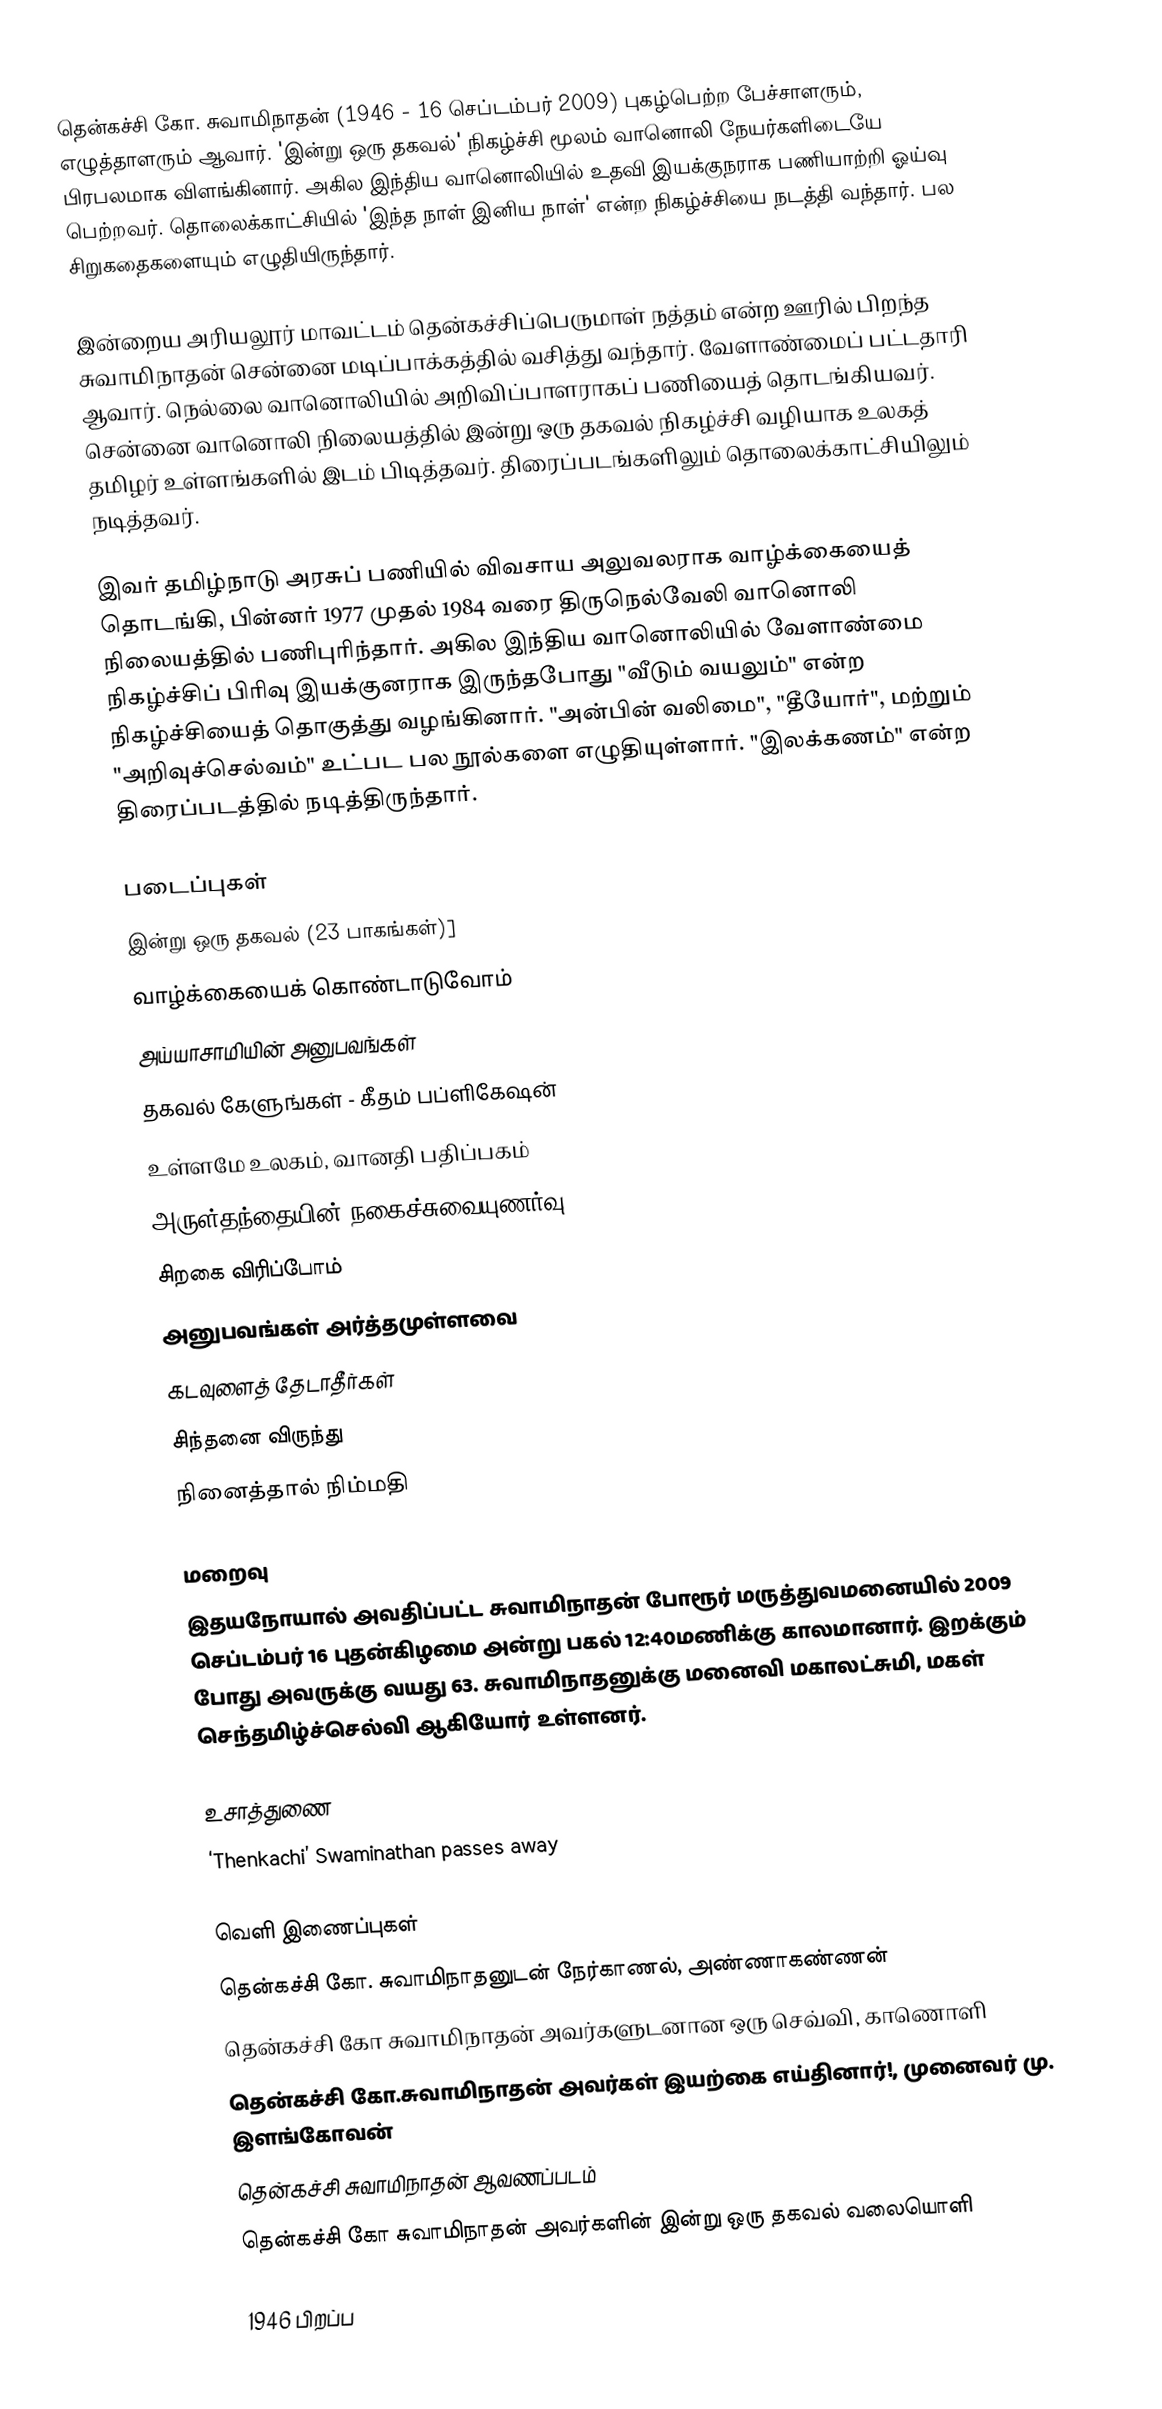
தென்கச்சி கோ. சுவாமிநாதன் (1946 - 16 செப்டம்பர் 2009) புகழ்பெற்ற பேச்சாளரும், எழுத்தாளரும் ஆவார். 'இன்று ஒரு தகவல்' நிகழ்ச்சி மூலம் வானொலி நேயர்களிடையே பிரபலமாக விளங்கினார். அகில இந்திய வானொலியில் உதவி இயக்குநராக பணியாற்றி ஓய்வு பெற்றவர். தொலைக்காட்சியில் 'இந்த நாள் இனிய நாள்' என்ற நிகழ்ச்சியை நடத்தி வந்தார். பல சிறுகதைகளையும் எழுதியிருந்தார்.

இன்றைய அரியலூர் மாவட்டம் தென்கச்சிப்பெருமாள் நத்தம் என்ற ஊரில் பிறந்த சுவாமிநாதன் சென்னை மடிப்பாக்கத்தில் வசித்து வந்தார். வேளாண்மைப் பட்டதாரி ஆவார். நெல்லை வானொலியில் அறிவிப்பாளராகப் பணியைத் தொடங்கியவர். சென்னை வானொலி நிலையத்தில் இன்று ஒரு தகவல் நிகழ்ச்சி வழியாக உலகத் தமிழர் உள்ளங்களில் இடம் பிடித்தவர். திரைப்படங்களிலும் தொலைக்காட்சியிலும் நடித்தவர்.

இவர் தமிழ்நாடு அரசுப் பணியில் விவசாய அலுவலராக வாழ்க்கையைத் தொடங்கி, பின்னர் 1977 முதல் 1984 வரை திருநெல்வேலி வானொலி நிலையத்தில் பணிபுரிந்தார். அகில இந்திய வானொலியில் வேளாண்மை நிகழ்ச்சிப் பிரிவு இயக்குனராக இருந்தபோது "வீடும் வயலும்" என்ற நிகழ்ச்சியைத் தொகுத்து வழங்கினார். "அன்பின் வலிமை", "தீயோர்", மற்றும் "அறிவுச்செல்வம்" உட்பட பல நூல்களை எழுதியுள்ளார். "இலக்கணம்" என்ற திரைப்படத்தில் நடித்திருந்தார்.

படைப்புகள்
 இன்று ஒரு தகவல் (23 பாகங்கள்)]
 வாழ்க்கையைக் கொண்டாடுவோம்
 அய்யாசாமியின் அனுபவங்கள்
 தகவல் கேளுங்கள்  - கீதம் பப்ளிகேஷன்
 உள்ளமே உலகம், வானதி பதிப்பகம்
 அருள்தந்தையின் நகைச்சுவையுணர்வு
 சிறகை விரிப்போம்
 அனுபவங்கள் அர்த்தமுள்ளவை
 கடவுளைத் தேடாதீர்கள்
 சிந்தனை விருந்து
 நினைத்தால் நிம்மதி

மறைவு
இதயநோயால் அவதிப்பட்ட சுவாமிநாதன் போரூர் மருத்துவமனையில் 2009 செப்டம்பர் 16 புதன்கிழமை அன்று பகல் 12:40மணிக்கு காலமானார். இறக்கும் போது அவருக்கு வயது 63. சுவாமிநாதனுக்கு மனைவி மகாலட்சுமி, மகள் செந்தமிழ்ச்செல்வி ஆகியோர் உள்ளனர்.

உசாத்துணை
 ‘Thenkachi’ Swaminathan passes away

வெளி இணைப்புகள்
தென்கச்சி கோ. சுவாமிநாதனுடன் நேர்காணல், அண்ணாகண்ணன்
தென்கச்சி கோ சுவாமிநாதன் அவர்களுடனான ஒரு செவ்வி, காணொளி
தென்கச்சி கோ.சுவாமிநாதன் அவர்கள் இயற்கை எய்தினார்!, முனைவர் மு. இளங்கோவன்
தென்கச்சி சுவாமிநாதன் ஆவணப்படம்
தென்கச்சி கோ சுவாமிநாதன் அவர்களின் இன்று ஒரு தகவல் வலையொளி

1946 பிறப்ப